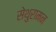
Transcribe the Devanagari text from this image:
सेथुरामन